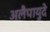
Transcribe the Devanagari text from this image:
अलैपायुदे